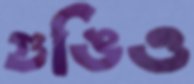
গুঙিও